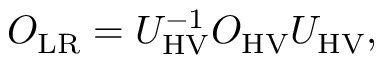
\begin{array} { r } { O _ { \mathrm { L R } } = U _ { \mathrm { H V } } ^ { - 1 } O _ { \mathrm { H V } } U _ { \mathrm { H V } } , } \end{array}